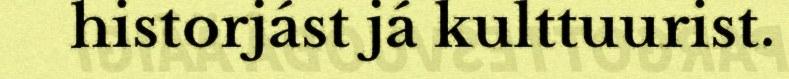
historjást já kulttuurist.